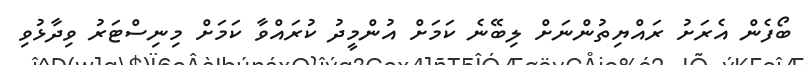
ބޯފެން އެރަށު ރައްޔިތުންނަށް ލިބޭނެ ކަމަށް އުންމީދު ކުރައްވާ ކަމަށް މިނިސްޓަރު ވިދާޅުވި